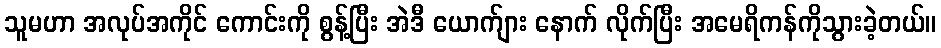
သူမဟာ အလုပ်အကိုင် ကောင်းကို စွန့်ပြီး အဲဒီ ယောက်ျား နောက် လိုက်ပြီး အမေရိကန်ကိုသွားခဲ့တယ်။